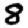
Digit: 8